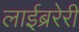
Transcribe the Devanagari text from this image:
लाईब्ररेरी